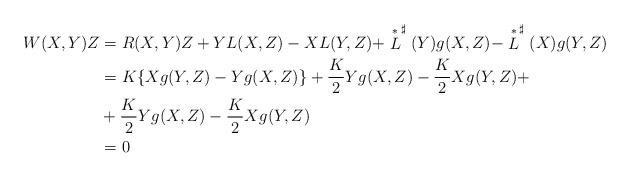
LaTeX: \begin{align*}W(X,Y)Z & =R(X,Y)Z+YL(X,Z)-XL(Y,Z)+ \stackrel{*}{L}^{\sharp}(Y)g(X,Z)-\stackrel{*}{L}^{\sharp}(X)g(Y,Z)\\& =K\{Xg(Y,Z)-Yg(X,Z)\}+\frac{K}{2}Yg(X,Z)-\frac{K}{2}Xg(Y,Z)+\\& +\frac{K}{2}Yg(X,Z)-\frac{K}{2}Xg(Y,Z)\\& =0\end{align*}